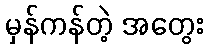
မှန်ကန်တဲ့ အတွေး